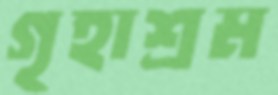
গৃহাশ্রম